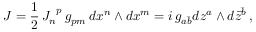
J = \frac 1 2 \, { J _ { n } } ^ { p } \, g _ { p m } \, d x ^ { n } \wedge d x ^ { m } = i \, g _ { a \bar { b } } d z ^ { a } \wedge d \bar { z } ^ { \bar { b } } \, ,